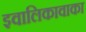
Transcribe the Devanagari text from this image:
इवालिकावाका